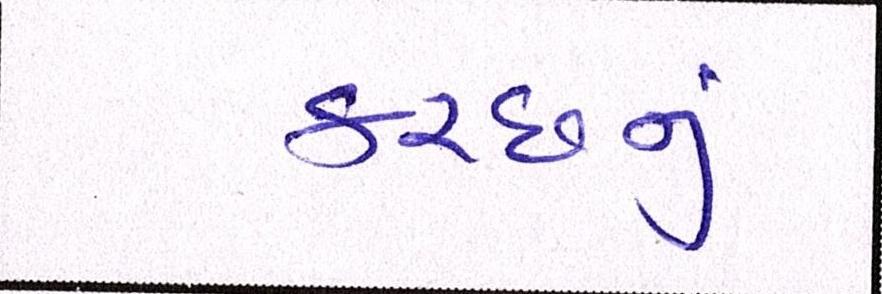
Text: કચ્છનું